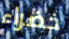
خضراء